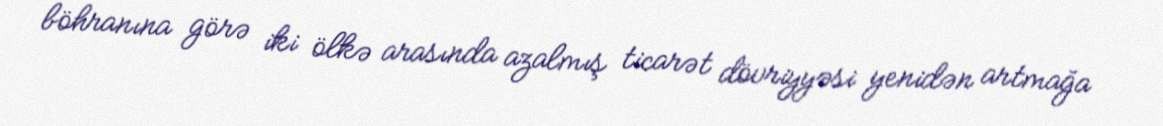
böhranına görə iki ölkə arasında azalmış ticarət dövriyyəsi yenidən artmağa